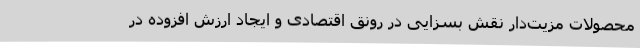
محصولات مزیت‌دار نقش بسزایی در رونق اقتصادی و ایجاد ارزش افزوده در